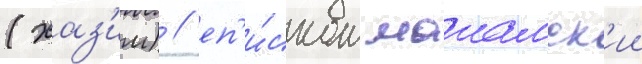
(хаз'им) / еп'и́скоп маиамск'ии